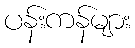
ပန်းကန်များ